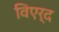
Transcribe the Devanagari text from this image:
विएर्द